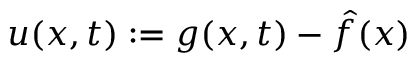
u ( x , t ) : = g ( x , t ) - \hat { f } ( x )